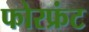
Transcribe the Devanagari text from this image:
फोरफ्रंट